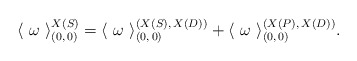
\begin{align*}\langle~ \omega ~\rangle^{X(S)}_{(0,\,0)} = \langle~ \omega ~\rangle^{(X(S),\,X(D))}_{(0,\,0)} + \langle~ \omega ~\rangle^{(X(P),\,X(D))}_{(0,\,0)}.\end{align*}